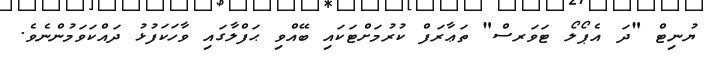
ޔުނިޓް "ދަ އެޕޯލޯ ޓަވަރސް" ތަޢާރަފް ކުރުމަށްޓަކައި ބޭއްވި ޙަފްލާގައި ވާހަކަފުޅު ދައްކަވަމުންނެވެ.